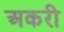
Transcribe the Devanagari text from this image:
अकरी